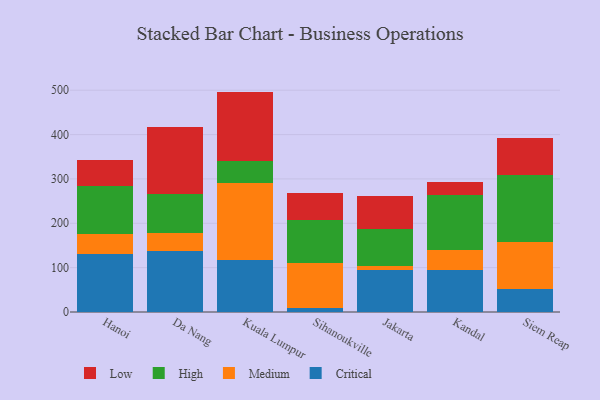
{"axis": {"x": "City", "y": "Production Output"}, "legend": ["Critical", "High", "Low", "Medium"], "data": [{"x": "Hanoi", "y": 131.1, "type": "Critical"}, {"x": "Hanoi", "y": 45.1, "type": "Medium"}, {"x": "Hanoi", "y": 106.8, "type": "High"}, {"x": "Hanoi", "y": 59.1, "type": "Low"}, {"x": "Da Nang", "y": 137.9, "type": "Critical"}, {"x": "Da Nang", "y": 39.4, "type": "Medium"}, {"x": "Da Nang", "y": 87.8, "type": "High"}, {"x": "Da Nang", "y": 151.2, "type": "Low"}, {"x": "Kuala Lumpur", "y": 117.3, "type": "Critical"}, {"x": "Kuala Lumpur", "y": 172.7, "type": "Medium"}, {"x": "Kuala Lumpur", "y": 49.8, "type": "High"}, {"x": "Kuala Lumpur", "y": 157.1, "type": "Low"}, {"x": "Sihanoukville", "y": 10.1, "type": "Critical"}, {"x": "Sihanoukville", "y": 99.3, "type": "Medium"}, {"x": "Sihanoukville", "y": 98.2, "type": "High"}, {"x": "Sihanoukville", "y": 60.1, "type": "Low"}, {"x": "Jakarta", "y": 93.6, "type": "Critical"}, {"x": "Jakarta", "y": 10.4, "type": "Medium"}, {"x": "Jakarta", "y": 84.2, "type": "High"}, {"x": "Jakarta", "y": 72.5, "type": "Low"}, {"x": "Kandal", "y": 94.0, "type": "Critical"}, {"x": "Kandal", "y": 44.7, "type": "Medium"}, {"x": "Kandal", "y": 125.3, "type": "High"}, {"x": "Kandal", "y": 29.8, "type": "Low"}, {"x": "Siem Reap", "y": 52.7, "type": "Critical"}, {"x": "Siem Reap", "y": 105.5, "type": "Medium"}, {"x": "Siem Reap", "y": 150.6, "type": "High"}, {"x": "Siem Reap", "y": 84.0, "type": "Low"}]}